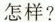
怎样？